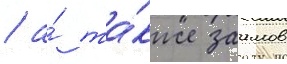
/ а́ та́кже заимов